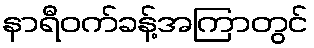
နာရီဝက်ခန့်အကြာတွင်